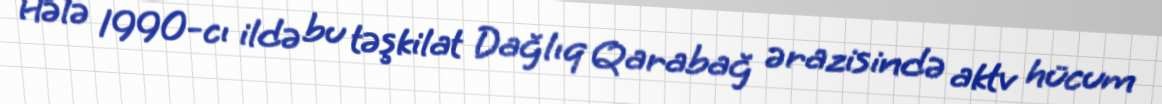
Hələ 1990-cı ildə bu təşkilat Dağlıq Qarabağ ərazisində aktv hücum